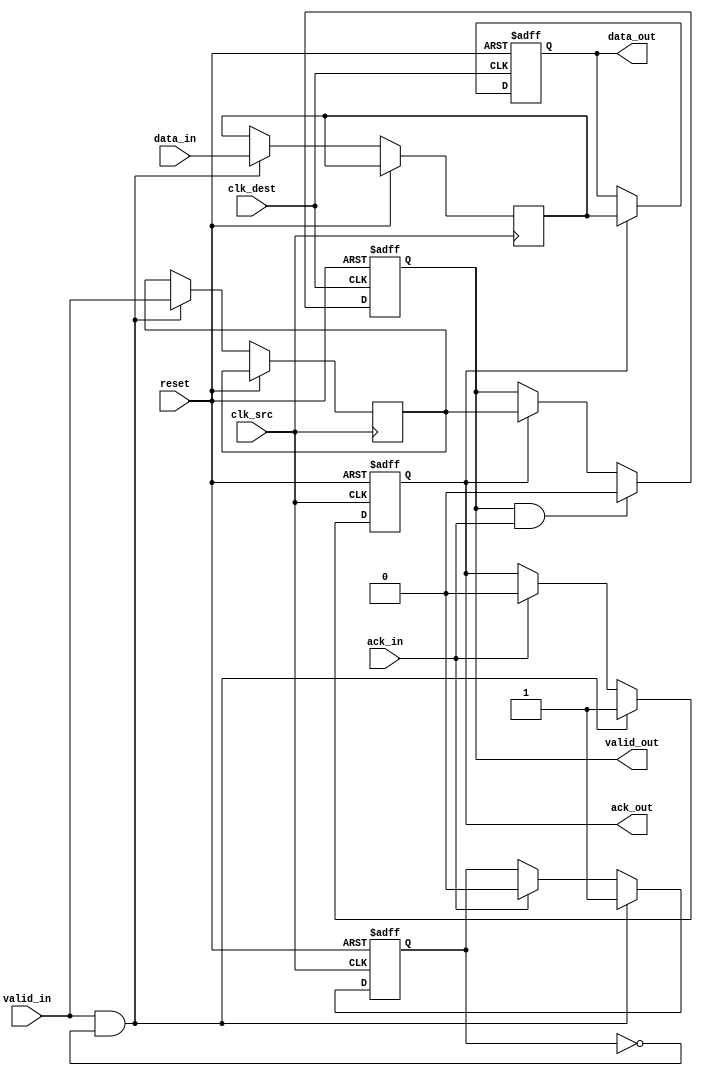
module handshake_synchronizer (
    input wire        clk_src,      // Clock for source domain
    input wire        clk_dest,     // Clock for destination domain
    input wire        reset,        // Asynchronous reset

    // Source domain inputs
    input wire [7:0] data_in,      // Data input from source
    input wire        valid_in,     // Valid signal from source

    // Destination domain outputs
    output reg [7:0] data_out,      // Synchronized data output
    output reg        valid_out,     // Valid signal for destination

    // Handshake signals
    input wire        ack_in,       // Acknowledgment from destination
    output reg        ack_out        // Acknowledgment from source
);

// Internal registers
reg [7:0] data_sync;   // Synchronized data
reg valid_sync;        // Synchronized valid signal
reg ack_generated;     // Flag to indicate acknowledgment has been generated

// Source domain logic
always @(posedge clk_src or posedge reset) begin
    if (reset) begin
        ack_out <= 0;
        ack_generated <= 0;
    end else begin
        if (valid_in && !ack_generated) begin
            data_sync <= data_in;
            valid_sync <= valid_in;
            ack_out <= 1; // Assert acknowledgment after capturing data
            ack_generated <= 1; // Set flag to indicate data has been sent
        end else if (ack_in) begin
            ack_out <= 0; // Deassert acknowledged signal after receiving ack
            ack_generated <= 0; // Reset flag
        end
    end
end

// Destination domain logic
always @(posedge clk_dest or posedge reset) begin
    if (reset) begin
        data_out <= 0;
        valid_out <= 0;
    end else begin
        // Synchronize data and valid signal
        if (ack_out) begin
            data_out <= data_sync;
            valid_out <= valid_sync;
        end
        // Acknowledge receipt of data
        if (valid_out && ack_in) begin
            valid_out <= 0; // Deassert valid out after acknowledgment
        end
    end
end

endmodule